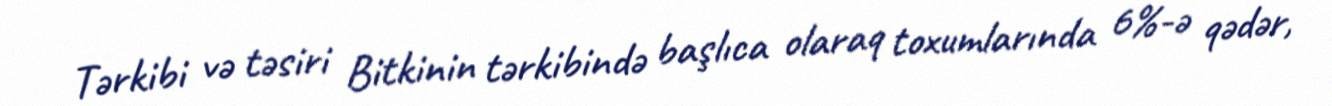
Tərkibi və təsiri Bitkinin tərkibində başlıca olaraq toxumlarında 6%-ə qədər,